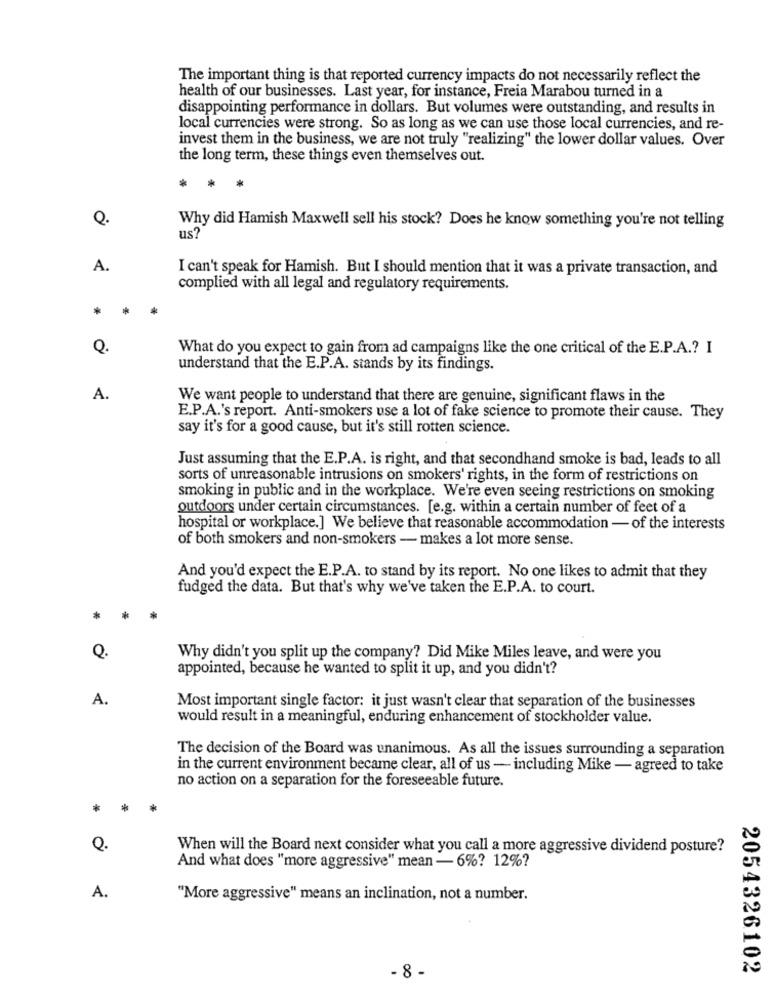
The important thing is that reported currency impacts do not necessarily reflect the
health of our businesses. Last year, for instance, Freia Marabou turned in a
disappointing performance in dollars. But volumes were outstanding, and results in
local currencies were strong. So as long as we can use those local currencies, and re-
invest them in the business, we are not truly "realizing" the lower dollar values. Over
the long term, these things even themselves out.
Q.
Why did Hamish Maxwell sell his stock? Does he know something you're not telling
us?
A.
I can't speak for Hamish. But I should mention that it was a private transaction, and
complied with all legal and regulatory requirements.
*
Q.
What do you expect to gain from ad campaigns like the one critical of the E.P.A .? I
understand that the E.P.A. stands by its findings.
A.
We want people to understand that there are genuine, significant flaws in the
E.P.A.'s report. Anti-smokers use a lot of fake science to promote their cause. They
say it's for a good cause, but it's still rotten science.
Just assuming that the E.P.A. is right, and that secondhand smoke is bad, leads to all
sorts of unreasonable intrusions on smokers' rights, in the form of restrictions on
smoking in public and in the workplace. We're even seeing restrictions on smoking
outdoors under certain circumstances. [e.g. within a certain number of feet of a
hospital or workplace.] We believe that reasonable accommodation - of the interests
of both smokers and non-smokers - makes a lot more sense.
And you'd expect the E.P.A. to stand by its report. No one likes to admit that they
fudged the data. But that's why we've taken the E.P.A. to court.
*
Q.
Why didn't you split up the company? Did Mike Miles leave, and were you
appointed, because he wanted to split it up, and you didn't?
A.
Most important single factor: it just wasn't clear that separation of the businesses
would result in a meaningful, enduring enhancement of stockholder value.
The decision of the Board was unanimous. As all the issues surrounding a separation
in the current environment became clear, all of us - including Mike - agreed to take
no action on a separation for the foreseeable future.
*
*
Q.
When will the Board next consider what you call a more aggressive dividend posture?
And what does "more aggressive" mean - 6%? 12%?
A.
"More aggressive" means an inclination, not a number.
2054326102
- 8 -